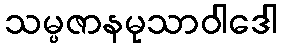
သမ္ပဇာနမုသာဝါဒေါ